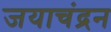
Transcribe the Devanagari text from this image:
जयाचंद्रन